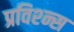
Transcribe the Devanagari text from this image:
प्रविश्न्स